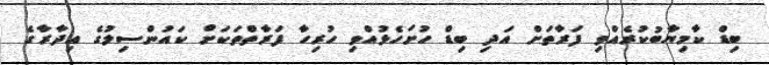
ބިޑް ކާމިޔާބުކުރެއްވި ފަރާތަށް އަދި ބިޑް ހުށަހެޅުއްވި ހުރިހާ ފަރާތްތަކަށް ކައުންސިލުގެ އިދާރާގެ